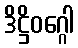
ဒိဋ္ဌိဝဂ္ဂေါ